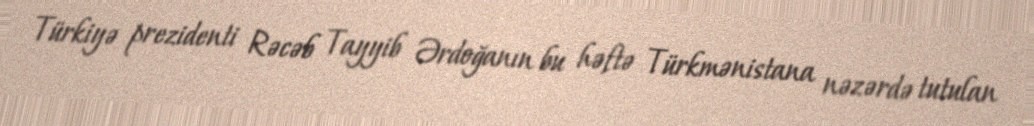
Türkiyə prezidenti Rəcəb Tayyib Ərdoğanın bu həftə Türkmənistana nəzərdə tutulan